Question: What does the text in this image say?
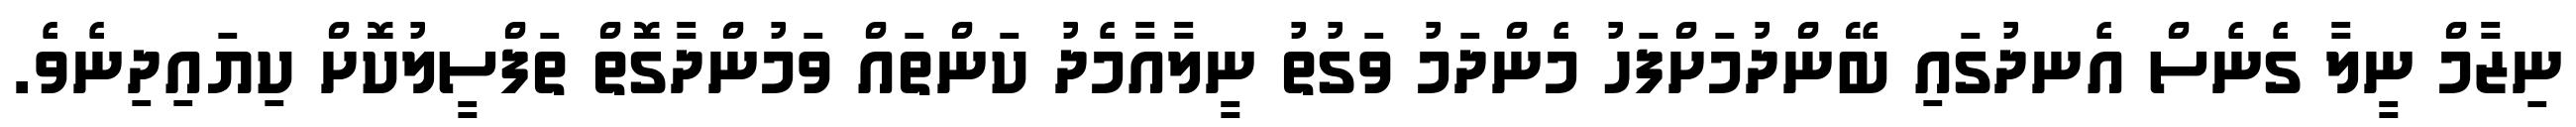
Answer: ނިޒާމް ނީލާ ގެނެސް އެނދުގައި ބޭންދުމަށްފަހު މެންދަމު ވަގުތު ނީލާއާމެދު ކަންތައް ވަމުންދާގޮތް ތަފްސީލުކޮށް ކިޔައިދިނެވެ.